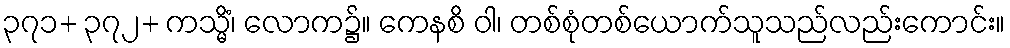
၃၇၁+ ၃၇၂+ ကသ္မိံ၊ လောက၌။ ကေနစိ ဝါ၊ တစ်စုံတစ်ယောက်သူသည်လည်းကောင်း။